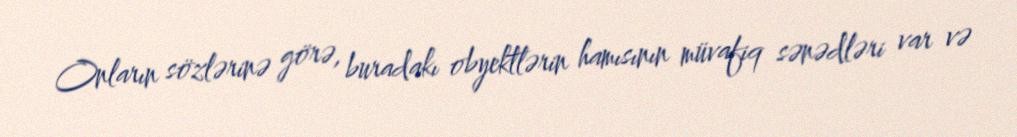
Onların sözlərinə görə, buradakı obyektlərin hamısının müvafiq sənədləri var və